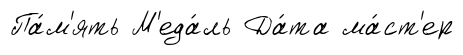
Па́м'ять М'еда́ль Да́та ма́ст'ер